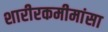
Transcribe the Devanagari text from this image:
शारीरकमीमांसा